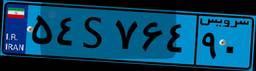
۵۴S۷۶۴۹۰